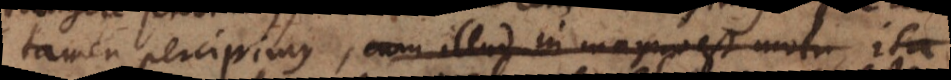
tamen percipimus, cum illud in magno est motu ita